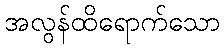
အလွန်ထိရောက်သော